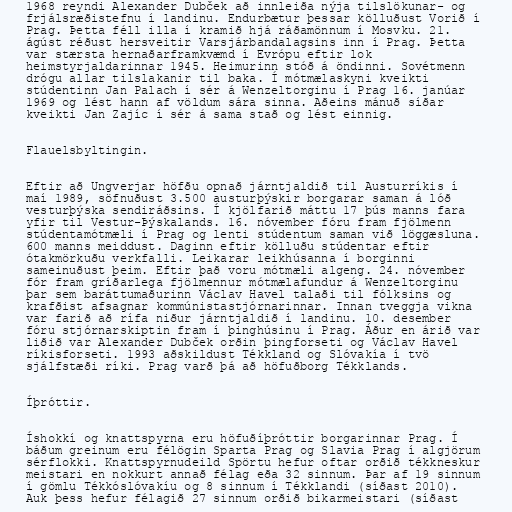
1968 reyndi Alexander Dubček að innleiða nýja tilslökunar- og
frjálsræðistefnu í landinu. Endurbætur þessar kölluðust Vorið í
Prag. Þetta féll illa í kramið hjá ráðamönnum í Mosvku. 21.
ágúst réðust hersveitir Varsjárbandalagsins inn í Prag. Þetta
var stærsta hernaðarframkvæmd í Evrópu eftir lok
heimstyrjaldarinnar 1945. Heimurinn stóð á öndinni. Sovétmenn
drógu allar tilslakanir til baka. Í mótmælaskyni kveikti
stúdentinn Jan Palach í sér á Wenzeltorginu í Prag 16. janúar
1969 og lést hann af völdum sára sinna. Aðeins mánuð síðar
kveikti Jan Zajíc í sér á sama stað og lést einnig.

Flauelsbyltingin.

Eftir að Ungverjar höfðu opnað járntjaldið til Austurríkis í
maí 1989, söfnuðust 3.500 austurþýskir borgarar saman á lóð
vesturþýska sendiráðsins. Í kjölfarið máttu 17 þús manns fara
yfir til Vestur-Þýskalands. 16. nóvember fóru fram fjölmenn
stúdentamótmæli í Prag og lenti stúdentum saman við löggæsluna.
600 manns meiddust. Daginn eftir kölluðu stúdentar eftir
ótakmörkuðu verkfalli. Leikarar leikhúsanna í borginni
sameinuðust þeim. Eftir það voru mótmæli algeng. 24. nóvember
fór fram gríðarlega fjölmennur mótmælafundur á Wenzeltorginu
þar sem baráttumaðurinn Václav Havel talaði til fólksins og
krafðist afsagnar kommúnistastjórnarinnar. Innan tveggja vikna
var farið að rífa niður járntjaldið í landinu. 10. desember
fóru stjórnarskiptin fram í þinghúsinu í Prag. Áður en árið var
liðið var Alexander Dubček orðin þingforseti og Václav Havel
ríkisforseti. 1993 aðskildust Tékkland og Slóvakía í tvö
sjálfstæði ríki. Prag varð þá að höfuðborg Tékklands.

Íþróttir.

Íshokkí og knattspyrna eru höfuðíþróttir borgarinnar Prag. Í
báðum greinum eru félögin Sparta Prag og Slavia Prag í algjörum
sérflokki. Knattspyrnudeild Spörtu hefur oftar orðið tékkneskur
meistari en nokkurt annað félag eða 32 sinnum. Þar af 19 sinnum
í gömlu Tékkóslóvakíu og 8 sinnum í Tékklandi (síðast 2010).
Auk þess hefur félagið 27 sinnum orðið bikarmeistari (síðast